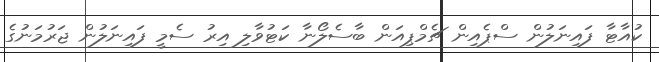
ކުއާޓާ ފައިނަލުން ސްޕެއިން ޗެމްޕިއަން ބާސެލޯނާ ކަޓުވާލި އިރު ސެމީ ފައިނަލުން ޖަރުމަނުގެ